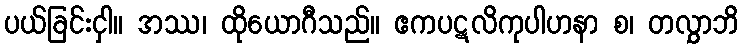
ပယ်ခြင်းငှါ။ အဿ၊ ထိုယောဂီသည်။ ဧကပဋလိကုပါဟနာ စ၊ တလွှာဘိ